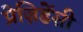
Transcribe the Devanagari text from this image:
प्रेज़िडेंसी